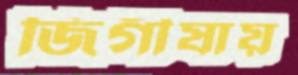
জিগীষায়